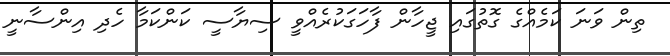
ތިން ވަނަ ކަމެއްގެ ގޮތުގައި ޖީހާން ފާހަގަކުރެއްވީ ސިޔާސީ ކަންކަމާ ހެދި އިންސާނީ